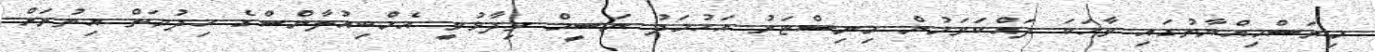
މިރަސްމިއްޔާތުގައި ވާހަކަ ދައްކަވަމުން މިނިސްޓަރު އަހުމަދު ނަސީމް ވިދާޅުވީ އެމްބިއުލާންސްގެ ހިދުމަތް އިތުރަށް